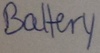
Text: Battery